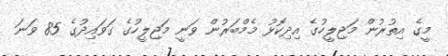
މީގެ އިތުރުން މަޖިލީހުގެ އިދިކޮޅު މެމްބަރުން ވަނީ މަޖިލީހުގެ ގަވައިދުގެ 85 ވަނަ